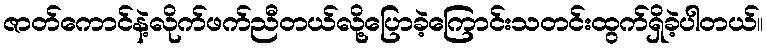
ဇာတ်ကောင်နဲ့လိုက်ဖက်ညီတယ်လို့ပြောခဲ့ကြောင်းသတင်းထွက်ရှိခဲ့ပါတယ်။